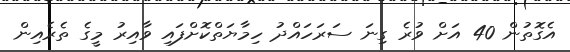
އެގޮތުން 40 އަށް ވުރެ ގިނަ ސަރަހައްދު ހިމާޔަތްކޮށްފައި ވާއިރު މީގެ ތެރެއިން